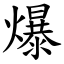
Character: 爆